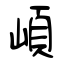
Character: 崸